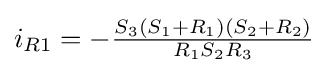
i_{R1}=-{\tfrac {S_{3}(S_{1}+R_{1})(S_{2}+R_{2})}{R_{1}S_{2}R_{3}}}